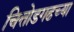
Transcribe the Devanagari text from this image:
चित्तोडगढच्या